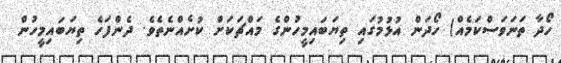
ހޯދާ ތަނަވަސްކަމެއް) ހޯދަން އުޅުމުގައި ތިޔަބައިމީހުންގެ މައްޗަކަށް ކުށެއްނެތެވެ. ދެންފަހެ ތިޔަބައިމީހުން